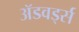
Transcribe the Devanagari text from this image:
ॲडवर्ड्स